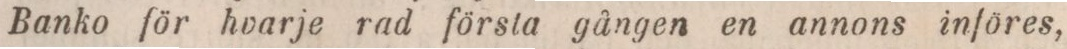
Banko för hvarje rad första gången en annons införes,